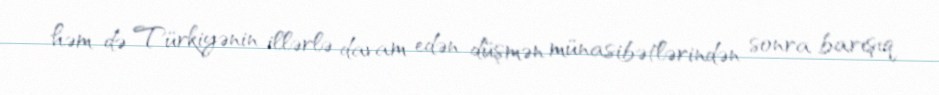
həm də Türkiyənin illərlə davam edən düşmən münasibətlərindən sonra barışıq